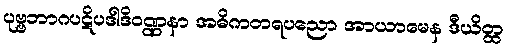
ပုဗ္ဗဘာဂပဋိပဒါဒိဝဏ္ဏနာ အဓိကတရပညော အာယာမေန ဒီယိတ္ထ